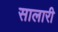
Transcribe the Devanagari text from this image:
सालारी